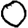
Digit: 0